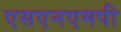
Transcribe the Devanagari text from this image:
एसएनएमपी